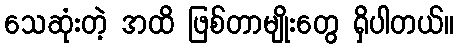
သေဆုံးတဲ့ အထိ ဖြစ်တာမျိုးတွေ ရှိပါတယ်။